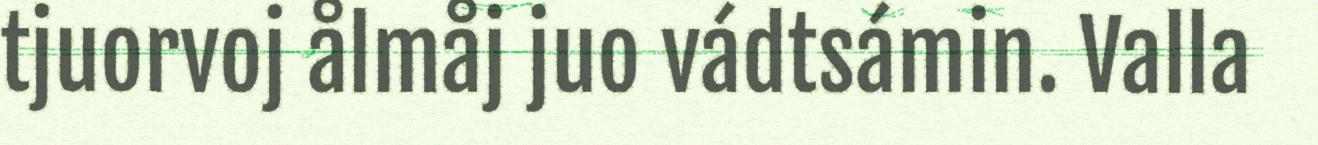
tjuorvoj ålmåj juo vádtsámin. Valla